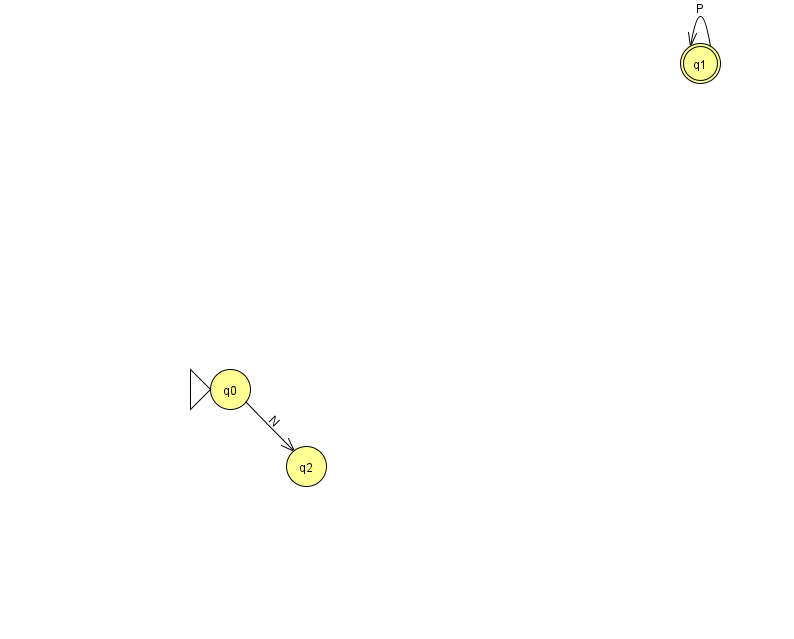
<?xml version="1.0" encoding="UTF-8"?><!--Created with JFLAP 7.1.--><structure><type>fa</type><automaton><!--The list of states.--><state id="0" name="q0"><x>230.0</x><y>376.0</y><initial/></state><state id="1" name="q1"><x>700.0</x><y>50.0</y><final/></state><state id="2" name="q2"><x>306.0</x><y>453.0</y></state><!--The list of transitions.--><transition><from>1</from><to>1</to><read>P</read></transition><transition><from>0</from><to>2</to><read>N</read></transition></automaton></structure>